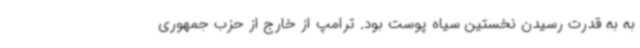
به به قدرت رسیدن نخستین سیاه پوست بود. ترامپ از خارج از حزب جمهوری